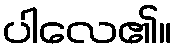
ပါလေ၏။